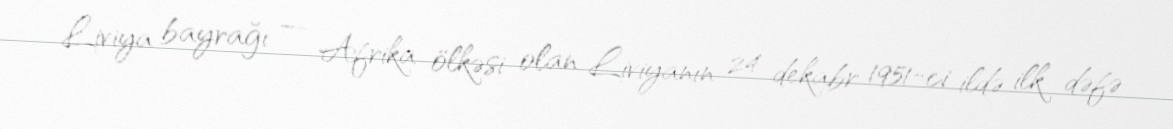
Liviya bayrağı — Afrika ölkəsi olan Liviyanın 24 dekabr 1951-ci ildə ilk dəfə